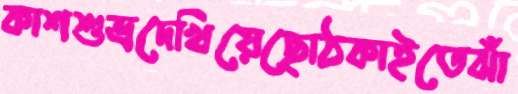
কাশশুভ্রদেখিয়েছোঠকাইতেঝাঁ